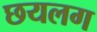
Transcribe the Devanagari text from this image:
छयलग